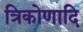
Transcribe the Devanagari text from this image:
त्रिकोणादि